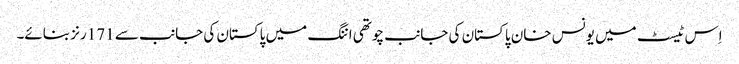
اِس ٹیسٹ میں یونس خان پاکستان کی جانب چوتھی اننگ میں پاکستان کی جانب سے 171 رنز بنائے۔